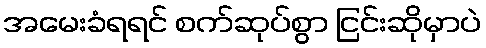
အမေးခံရရင် စက်ဆုပ်စွာ ငြင်းဆိုမှာပဲ